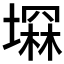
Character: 𡑕